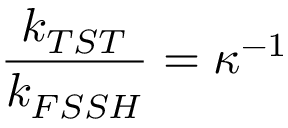
\frac { k _ { T S T } } { k _ { F S S H } } = \kappa ^ { - 1 }